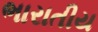
ભારાતીય